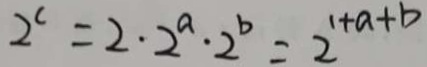
2 ^ { c } = 2 \cdot 2 ^ { a } \cdot 2 ^ { b } = 2 ^ { 1 + a + b }